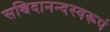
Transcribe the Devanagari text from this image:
सच्चिदानन्दस्वरूपं